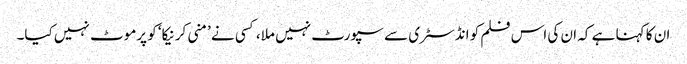
ان کا کہنا ہے کہ ان کی اس فلم کو انڈسٹری سے سپورٹ نہیں ملا، کسی نے ’منی کرنیکا‘ کو پرموٹ نہیں کیا۔